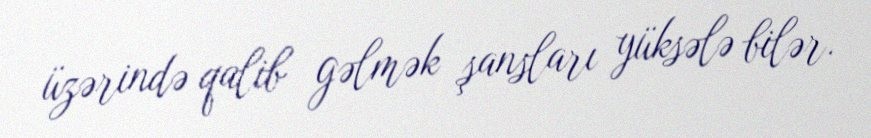
üzərində qalib gəlmək şansları yüksələ bilər.